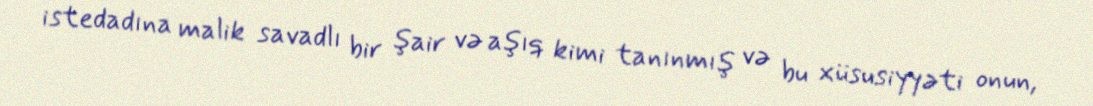
istedadına malik savadlı bir şair və aşıq kimi tanınmış və bu xüsusiyyəti onun,